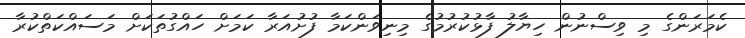
ކެމަރަންގެ މި ވިސްނުން ހިޔާލު ފާޅުކުރުމުގެ މިނިވަންކަމާ ފުށުއަރާ ކަމަށް ހައްގުތަކަށް މަސައްކަތްކުރާ